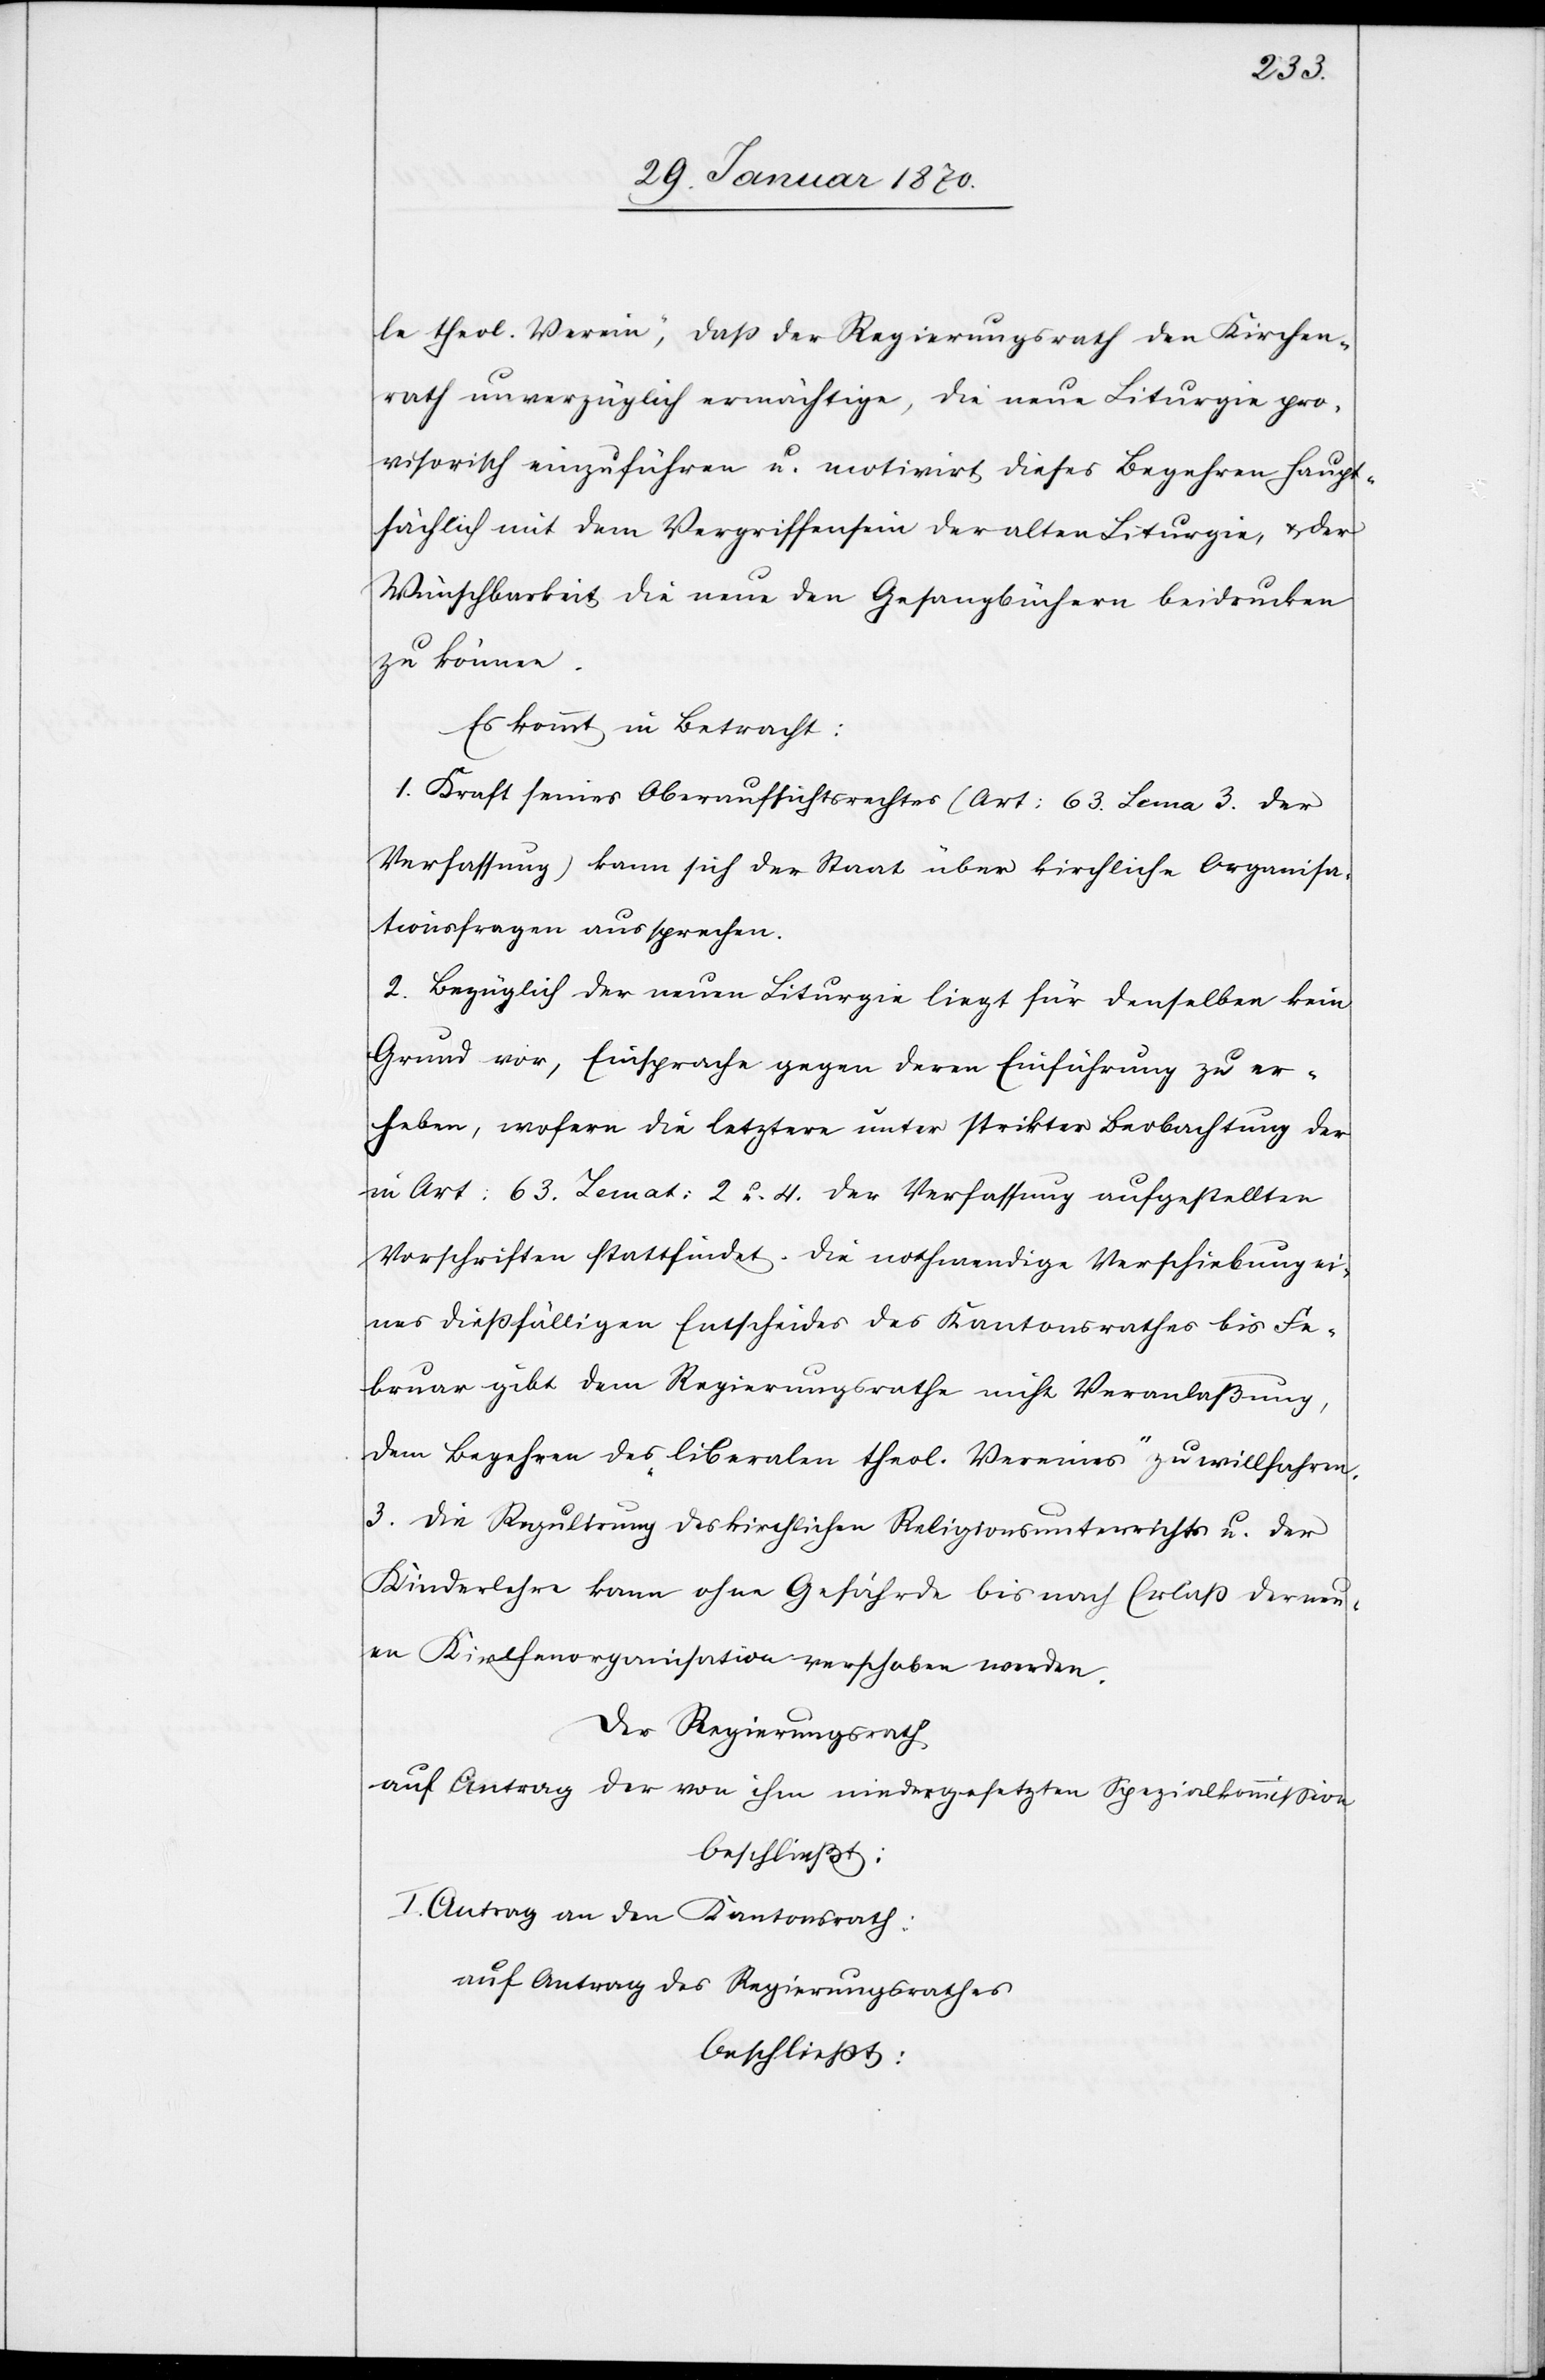
le theol. Verein, daß der Regierungsrath den Kirchen¬
rath unverzüglich ermächtige, die neue Liturgie pro¬
visorisch einzuführen u. motivirt, dieses Begehren haupt¬
sächlich mit dem Vergriffensein der alten Liturgie, u. der
Wünschbarkeit die neue den Gesangsbüchern beidrucken
zu können.
Es kommt in Betracht:
1. Kraft seines Oberaufsichtsrathes (Art: 63. Lema 3. der
Verfassung) kann sich der Staat über kirchliche Organisa¬
tionsfragen aussprechen.
2. Bezüglich der neuen Liturgie liegt für denselben kein
Grund vor, Einsprache gegen deren Einführung zu er¬
heben, wofern die letztere unter strikter Beobachtung der
in Art: 63. Lemat: 2 u. 4 der Verfassung aufgestellten
Vorschriften stattfindet. Die nothwendige Verschiebung ei¬
nes dießfälligen Entscheides des Kanonsrathes bis Fe¬
bruar gibt dem Regierungsrathe nicht Veranlaßung,
dem Begehren des „liberalen theol. Vereines“ zu willfahren.
3. Die Regulirung des kirchlichen Religionsunterrichts u. der
Kinderlehre kann ohne Gefährde bis nach Erlaß der neu¬
en Kirchenorganisation verschoben werden.
Der Regierungsrath
auf Antrag der von ihm niedergesetzten Spezialkommission
beschließt:
I. Antrag an den Kantonsrath:
auf Antrag des Regierungsrathes
beschließt: